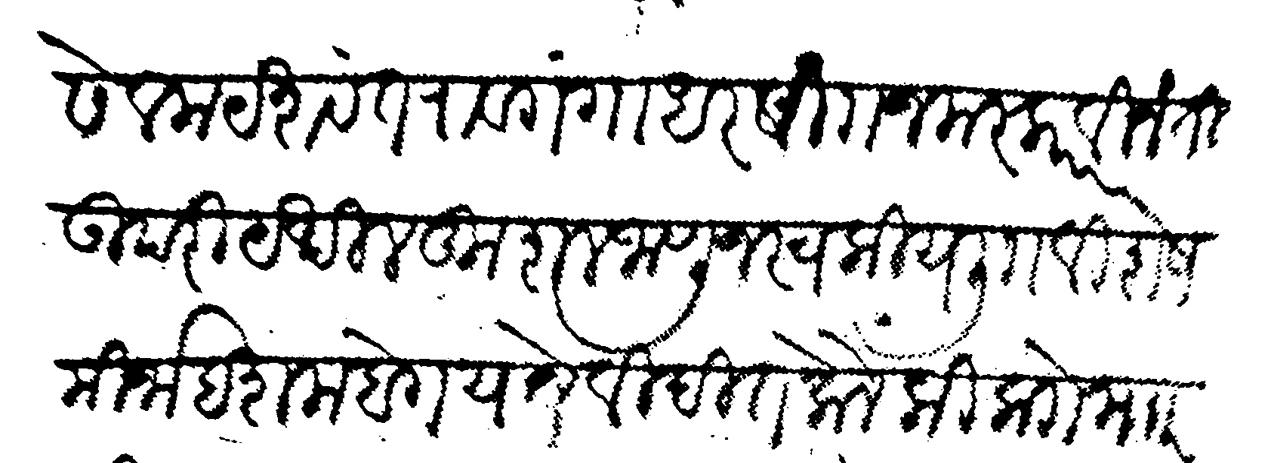
Transliteration (Devanagari): सेवक यशवंतराव गंगाधर सा नमस्कार विनंती उपरी येथील कुशल जाणून स्वकीय लि विशेष मिर्जा हशमबेग याने विदित केले की काो माार